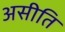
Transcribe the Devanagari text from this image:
असीति